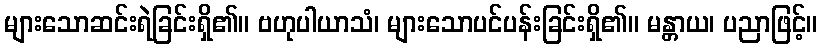
များသောဆင်းရဲခြင်းရှိ၏။ ဗဟုပါယာသံ၊ များသောပင်ပန်းခြင်းရှိ၏။ မန္တာယ၊ ပညာဖြင့်။